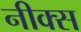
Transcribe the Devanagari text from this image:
नीक्स